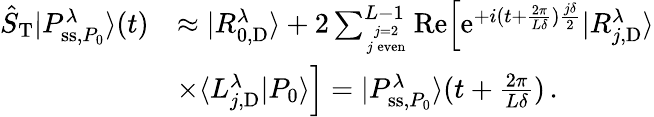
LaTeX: \begin{array}{rl}{\hat{S}_{\mathrm{T}}|P_{\mathrm{ss},P_{0}}^{\lambda}\rangle(t)}&{\approx|R_{0,\mathrm{D}}^{\lambda}\rangle+2\sum_{j=2\atop j\, \mathrm{even}}^{L-1}\mathrm{Re}\Big[\mathrm{e}^{+i(t+\frac{2\pi}{L\delta})\frac{j\delta}{2}}|R_{j,\mathrm{D}}^{\lambda}\rangle}\\ &{\times\langle L_{j,\mathrm{D}}^{\lambda}|P_{0}\rangle\Big]=|P_{\mathrm{ss},P_{0}}^{\lambda}\rangle(t+\frac{2\pi}{L\delta})\, .}\end{array}